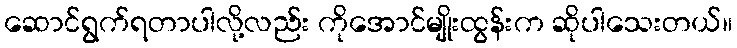
ဆောင်ရွက်ရတာပါလို့လည်း ကိုအောင်မျိုးထွန်းက ဆိုပါသေးတယ်။